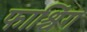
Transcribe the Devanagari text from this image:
फाश्चिंग